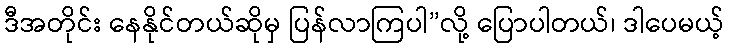
ဒီအတိုင်း နေနိုင်တယ်ဆိုမှ ပြန်လာကြပါ”လို့ ပြောပါတယ်၊ ဒါပေမယ့်